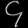
Digit: ၄